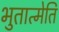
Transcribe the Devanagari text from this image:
भुतात्मेति